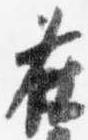
在